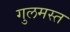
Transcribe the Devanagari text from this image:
गुलमस्त